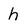
Character: h